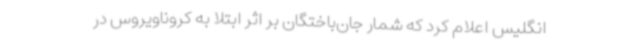
انگلیس اعلام کرد که شمار جان‌باختگان بر اثر ابتلا به کروناویروس در